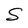
Character: S